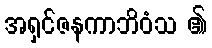
အရှင်ဇနကာဘိဝံသ ၏